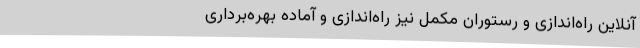
آنلاین راه‌اندازی و رستوران مکمل نیز راه‌اندازی و آماده بهره‌برداری